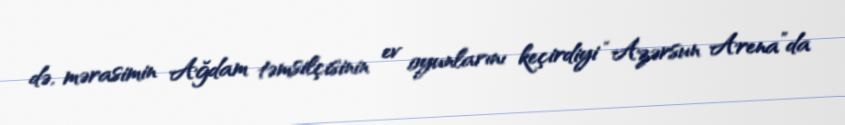
də, mərasimin Ağdam təmsilçisinin ev oyunlarını keçirdiyi “Azərsun Arena”da